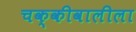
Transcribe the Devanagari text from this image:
चक्कीवालीला